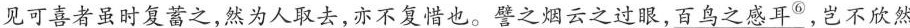
见可喜者虽时复蓄之，然为人取去，亦不复惜也。譬之烟云之过眼，百鸟之感耳^{⑥}，岂不欣然